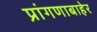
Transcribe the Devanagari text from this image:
प्रांगणाबाहेर